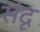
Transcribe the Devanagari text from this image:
संदृ